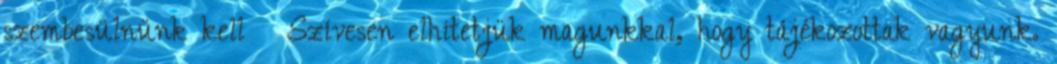
szembesülnünk kell  Szívesen elhitetjük magunkkal, hogy tájékozottak vagyunk.